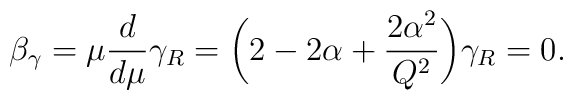
\beta_{\gamma} = \mu {d \over d \mu} \gamma_R = \biggl(2 - 2 \alpha + {2\alpha^2 \over Q^2}\biggr) \gamma_R = 0.